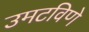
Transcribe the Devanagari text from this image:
उमटविणे